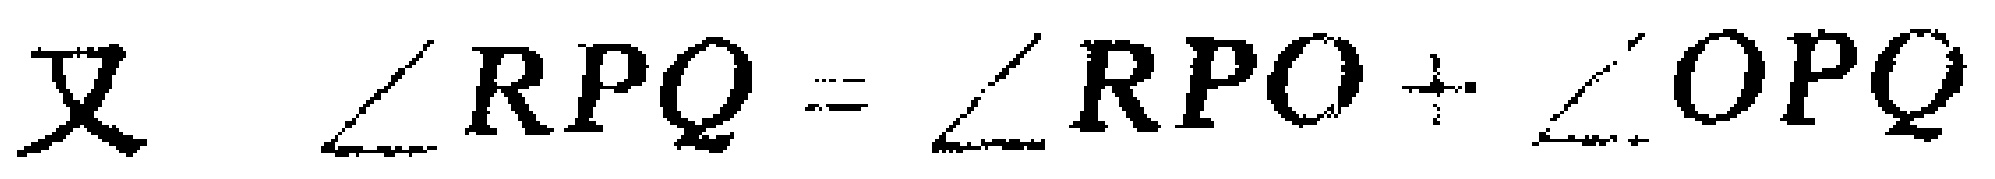
又 $\angle RPQ = \angle RPO + \angle OPQ$